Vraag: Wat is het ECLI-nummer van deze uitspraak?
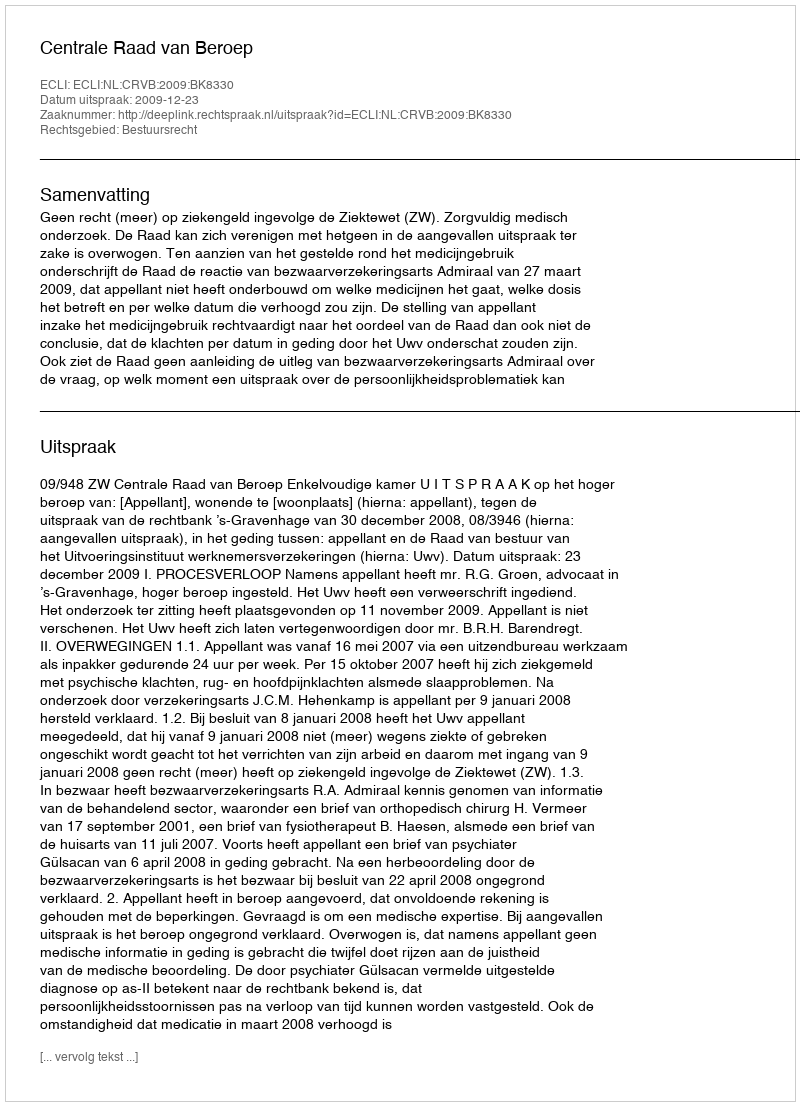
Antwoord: ECLI:NL:CRVB:2009:BK8330